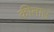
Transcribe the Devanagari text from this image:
कीताउं